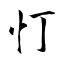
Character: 忊